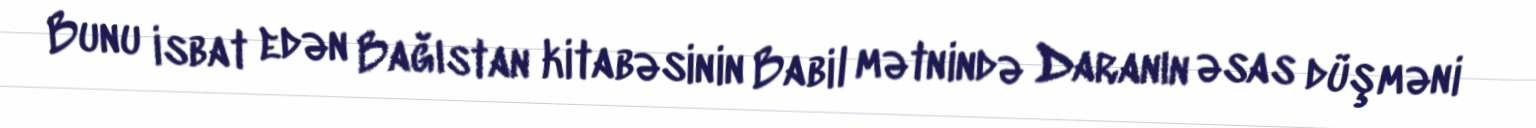
Bunu isbat edən Bağıstan kitabəsinin Babil mətnində Daranın əsas düşməni